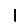
Digit: 1